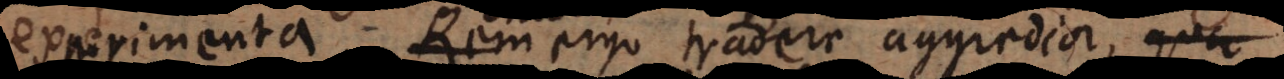
erimenta? Rem ergo tradere aggredior, qua